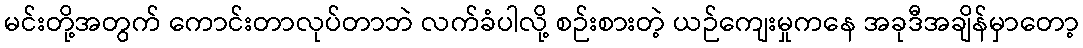
မင်းတို့အတွက် ကောင်းတာလုပ်တာဘဲ လက်ခံပါလို့ စဉ်းစားတဲ့ ယဉ်ကျေးမှုကနေ အခုဒီအချိန်မှာတော့